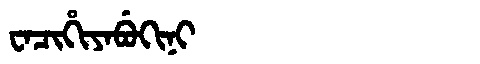
Manchu: ᠸᠠᠴᡳᡥᡳᠶᠠᠪᡠᡴᡳᠨᡳ
Romanization: WACIHIYABUKINI